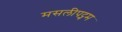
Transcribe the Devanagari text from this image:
मसलीपट्नम